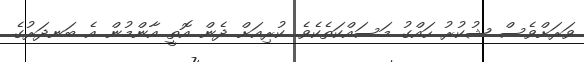
ވަރަށްވެސް ޝުކުރު ހައްގު މަސައްކަތެކެވެ. ކުރިއަށް ދެން އޮތީ އާންމުން އެ ބަނދަރުގެ